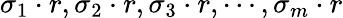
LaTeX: \sigma_{1}\cdot r,\sigma_{2}\cdot r,\sigma_{3}\cdot r,\cdots,\sigma_{m}\cdot r